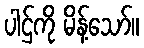
ပါဌ်ကို မိန့်သော်။